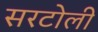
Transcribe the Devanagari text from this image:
सरटोली